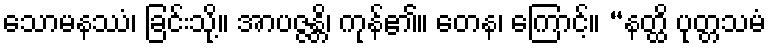
သောမနဿံ၊ ခြင်းသို့။ အာပဇ္ဇန္တိ၊ ကုန်၏။ တေန၊ ကြောင့်။ “နတ္ထိ ပုတ္တသမံ